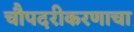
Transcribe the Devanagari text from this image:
चौपदरीकरणाचा